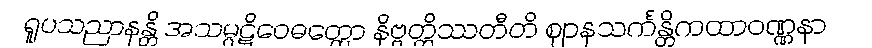
ရူပသညာနန္တိ အသမ္ပဋိဝေဓတ္ထော နိဗ္ဗတ္တိဿတီတိ ဈာနသင်္ကန္တိကထာဝဏ္ဏနာ